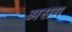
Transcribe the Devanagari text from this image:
असय